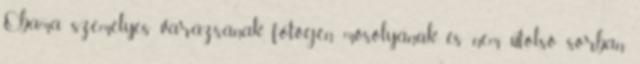
Obama személyes varázsának, fotogén mosolyának és nem utolsó sorban